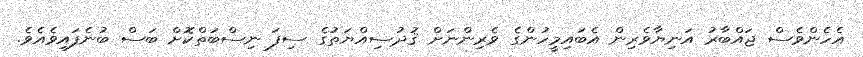
އެހެންވެސް ޖައްބާރު އަނިޔާވެރިން އެބައިމީހުންގެ ވެރިންނަށް ޤުދުސިއްޔަތުގެ ސިފަ ނިސްބަތްކޮށް ބަސް ބުނެފައިވެއެވެ.